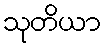
သုတိယာ